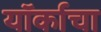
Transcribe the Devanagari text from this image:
यॉर्काचा